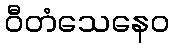
ဝီတံသေနေဝ